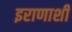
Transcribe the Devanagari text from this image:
इराणाशी